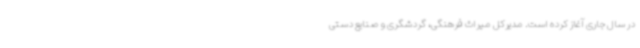
در سال جاری آغاز کرده است. مدیرکل میراث فرهنگی، گردشگری و صنایع دستی